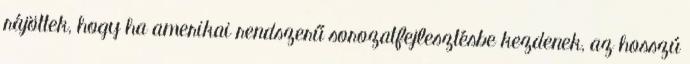
rájöttek, hogy ha amerikai rendszerű sorozatfejlesztésbe kezdenek, az hosszú